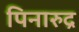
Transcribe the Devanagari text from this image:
पिनारुद्र